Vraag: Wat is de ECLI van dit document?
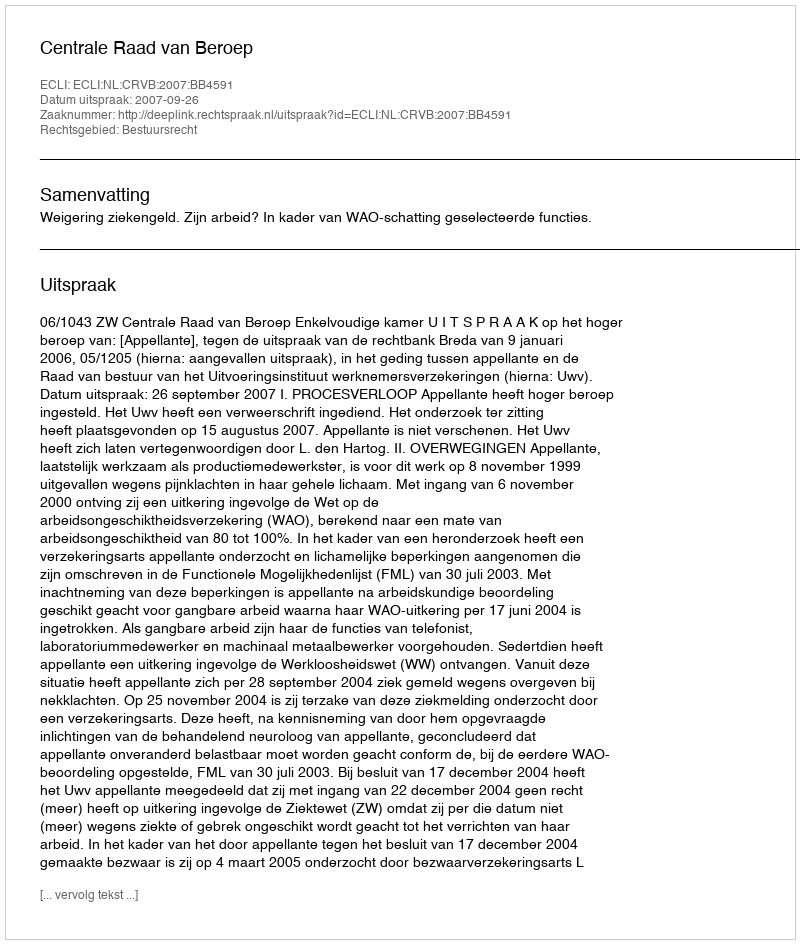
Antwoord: ECLI:NL:CRVB:2007:BB4591